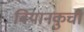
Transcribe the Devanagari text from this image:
बियानकुची